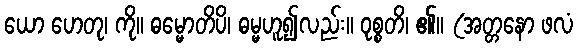
ယော ဟေတု၊ ကို။ ဓမ္မောတိပိ၊ ဓမ္မဟူ၍လည်း။ ဝုစ္စတိ၊ ၏။ (အတ္တနော ဖလံ